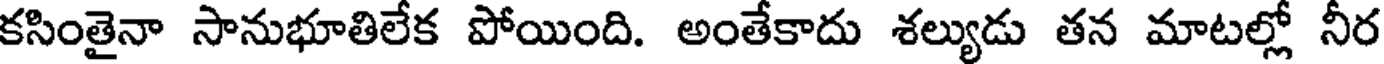
కసింతైనా సానుభూతిలేక పోయింది. అంతేకాదు శల్యుడు తన మాటల్లో నీర